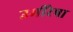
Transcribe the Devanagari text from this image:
उमींरेषा